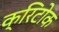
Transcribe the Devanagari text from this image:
क्रिटोक